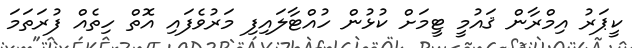
ކީޕަރު އިމްރާން ޤައުމީ ޓީމަށް ކުޅުން ހުއްޓާލައިފި މަރުވެފައި އޮތް ހިތެއް ފުރަތަމަ